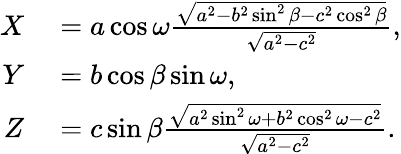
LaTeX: \begin{array}{rl}{X}&{{}=a\cos\omega{\frac{\sqrt{a^{2}-b^{2}\sin^{2}\beta-c^{2}\cos^{2}\beta}}{\sqrt{a^{2}-c^{2}}}},}\\ {Y}&{{}=b\cos\beta\sin\omega,}\\ {Z}&{{}=c\sin\beta{\frac{\sqrt{a^{2}\sin^{2}\omega+b^{2}\cos^{2}\omega-c^{2}}}{\sqrt{a^{2}-c^{2}}}}.}\end{array}